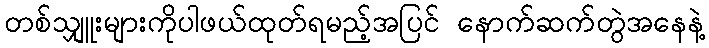
တစ်သျှူးများကိုပါဖယ်ထုတ်ရမည့်အပြင် နောက်ဆက်တွဲအနေနဲ့